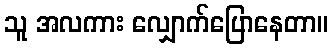
သူ အလကား လျှောက်ပြောနေတာ။